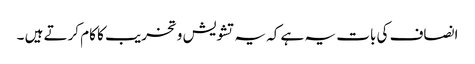
انصاف کی بات یہ ہے کہ یہ تشویش و تخریب کا کام کرتے ہیں ۔